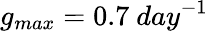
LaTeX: g_{max}=0.7~day^{-1}